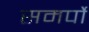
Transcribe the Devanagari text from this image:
समर्पो